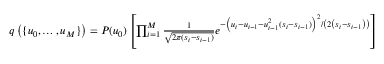
\begin{array} { r } { q \left( \{ u _ { 0 } , \ldots , u _ { M } \} \right) = P ( u _ { 0 } ) \left[ \prod _ { i = 1 } ^ { M } \frac { 1 } { \sqrt { 2 \pi ( s _ { i } - s _ { i - 1 } ) } } e ^ { - \left( u _ { i } - u _ { i - 1 } - u _ { i - 1 } ^ { 2 } ( s _ { i } - s _ { i - 1 } ) \right) ^ { 2 } / \left( 2 \left( s _ { i } - s _ { i - 1 } \right) \right) } \right] } \end{array}